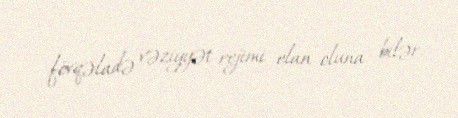
fövqəladə vəziyyət rejimi elan oluna bilər.